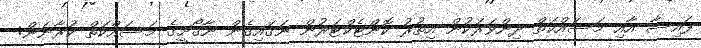
ފައިސާ އާއި މަސައްކަތް ދިންވަރަކުން އިތުރު ކޮންޓެކްޓަރުން ނަގައިގެން ނާގޯށީގެ މަސައްކަތް ކުރާނަން: